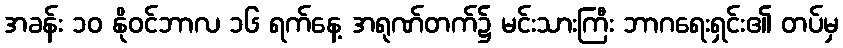
အခန်း ၁၀ နိုဝင်ဘာလ ၁၆ ရက်နေ့ အရုဏ်တက်၌ မင်းသားကြီး ဘာဂရေးရှင်း၏ တပ်မှ